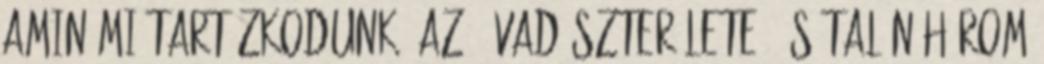
amin mi tartózkodunk, az ő vadászterülete. És talán három